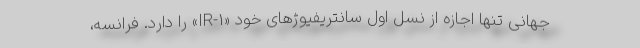
جهانی تنها اجازه از نسل اول سانتریفیوژهای خود «IR-1» را دارد. فرانسه،